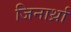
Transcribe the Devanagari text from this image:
जिनार्थ्रा